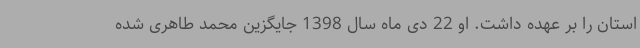
استان را بر عهده داشت. او 22 دی ماه سال 1398 جایگزین محمد طاهری شده